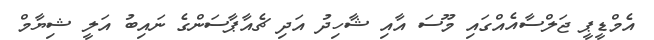
އެމްޑީޕީ ޖަލްސާއެއްގައި މޫސަ އާއި ޝާހިދު އަދި ޗެއާޕާސަންގެ ނައިބު އަލީ ޝިޔާމް